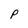
Character: P